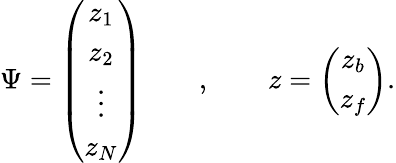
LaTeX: \Psi=\left(\begin{array}{c}{{z_{1}}}\\ {{z_{2}}}\\ {{\vdots}}\\ {{z_{N}}}\end{array}\right)\qquad,\qquad z=\left(\begin{array}{c}{{z_{b}}}\\ {{z_{f}}}\end{array}\right).